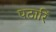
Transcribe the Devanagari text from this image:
पठारिं